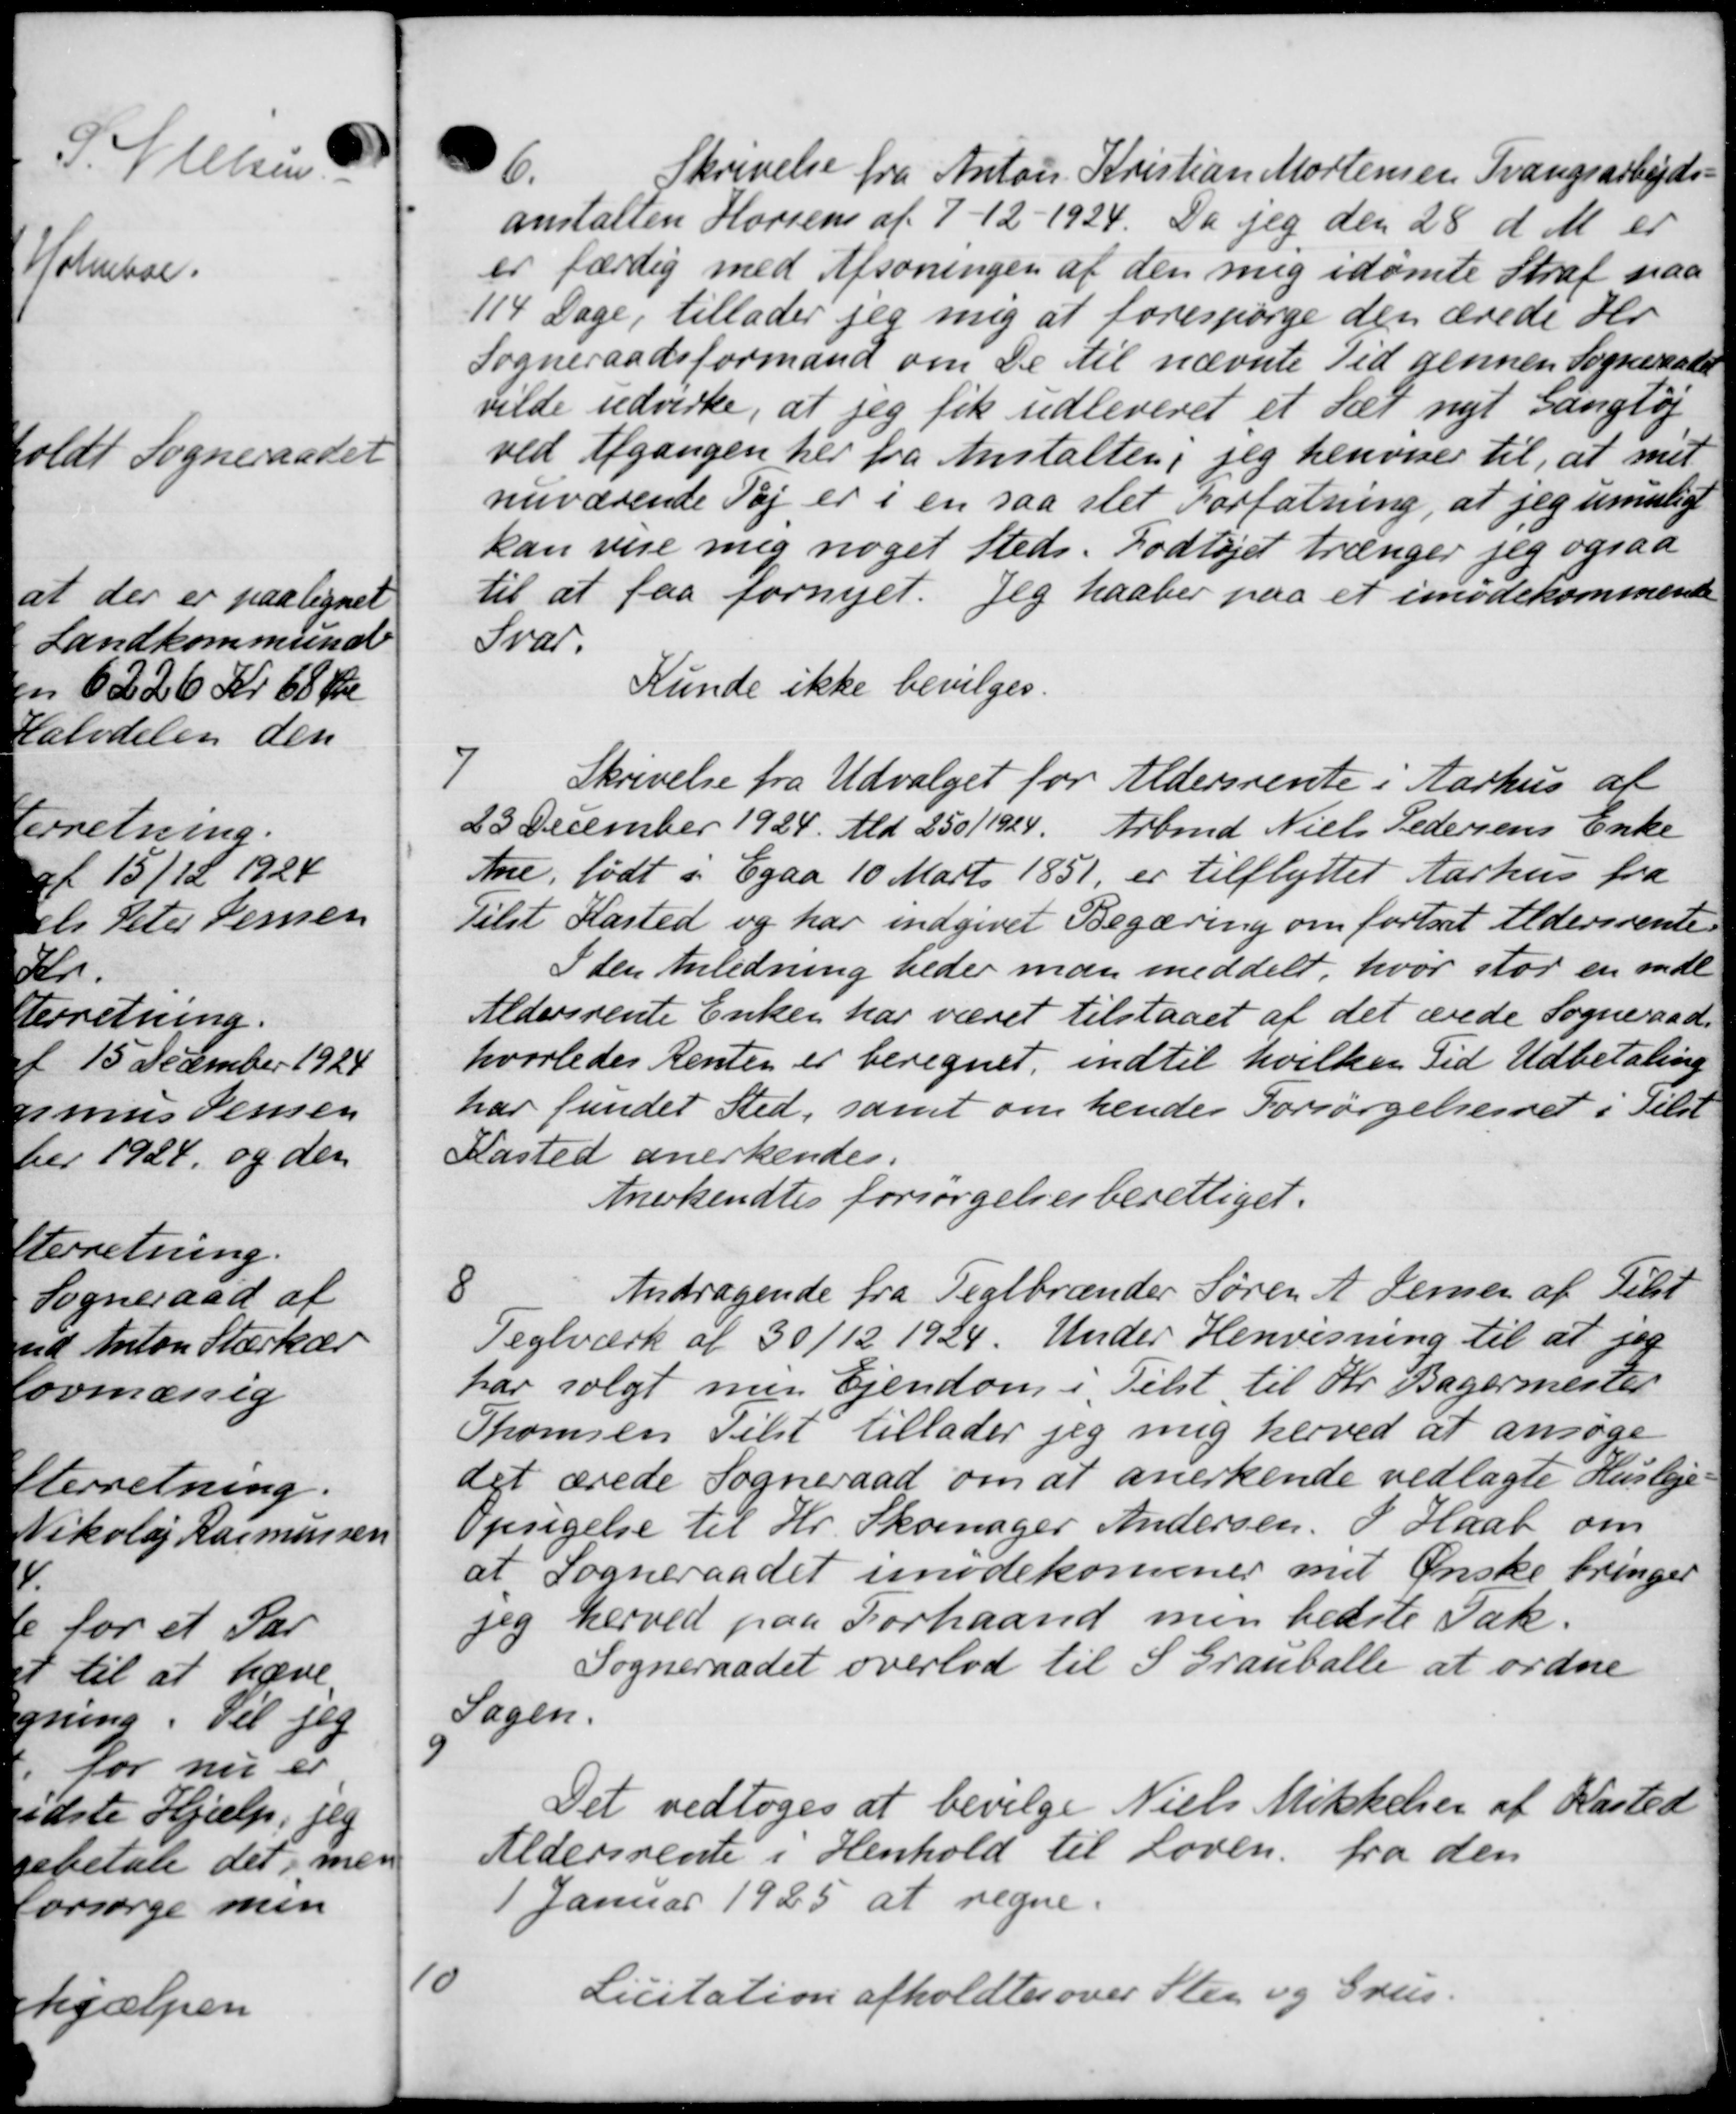
Transskription:
6.
Skrivelse fra Anton Kristian Mortensen Tvangsarbejds-
anstalten Horsens af 7 - 12 - 1924. Da jeg den 28 d. M. er
er færdig med Afsoningen af den mig idømte Straf paa
114 Dage, tillader jeg mig at forespørge den ærede Hr
Sogneraadsformand om De til nævnte Tid gennem Sogneraadet
vilde udvirke, at jeg fik udleveret et Sæt nyt Gangløj
ved Afgangen her fra Anstalten, jeg henviser til, at met
nuværende Tøj er i en saa slet Forfatning, at jeg umulige
kan veje mig noget steds. Fodtøjet trænger jeg ogsaa
til at faa fornyet. Jeg haaber paa et imødekommende
Svar.
Kunde ikke bevilges.
7
Skrivelse fra Udvalget for Aldersrente i Aarhus at
23 December 1924. Ald 250/1924. Arbmd. Niels Pedersens Enke
Ane, født i Egaa 10 Marts 1851 er tilflyttet Aarhus fra
Tilst Kasted og har indgivet Begæring om fortsat Aldersrente-
I den Anledning beder man meddelt, hvor stor en inde
Aldersrente Enken har været tilstaaet af det ærede Sogneraad
hvorledes Renten er beregnet, indtil hvilken Tid Udbetaling
har fundet Sted, samt om hendes Forsørgelsesret i Tilst
Kasted anerkendes.
Anerkendtes forsørgelsesberettiget.
8
Andragende fra Teglbrænder Søren A. Jensen af Tilst
Teglværk af 30/12 1924. Under Henvisning til at jeg
har solgt min Ejendom i Tilst til Hr. Bagermester
Thomsen Tilst tillader jeg mig herved at ansøge
det ærede Sogneraad om at anerkende vedlagte Husleje-
Opsigelse til Hr. Skomager Andersen. I Haab om
at Sogneraadet imødekommer met Ønske bringer
jeg herved paa Forhaand men bedste Tak.
Sogneraadet overlod til S Grauballe at ordne
Sagen.
9
Det vedtoges at bevilge Niels Mikkelsen af Kasted
Aldersrente i Henhold til Loven. fra den
1 Januar 1925 at regne.
10
Licitation afholdtes over Sten og Grus.